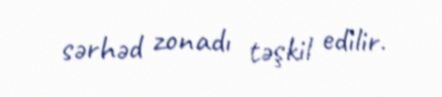
sərhəd zonadı təşkil edilir.